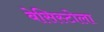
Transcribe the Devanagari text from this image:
बेसिस्टोला